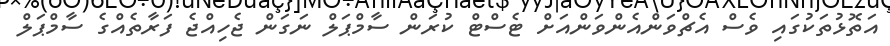
އަތޮޅުތަކުގައި ވެސް އެޗްވަންއެންވަންއަށް ޓެސްޓް ކުރަން ސާމްޕަލް ނަގަން ޖެހިއްޖެ ފަރާތެއްގެ ސާމްޕަލް